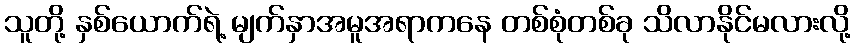
သူတို့ နှစ်ယောက်ရဲ့ မျက်နှာအမူအရာကနေ တစ်စုံတစ်ခု သိလာနိုင်မလားလို့